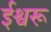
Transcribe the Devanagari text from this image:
ईश्वरू